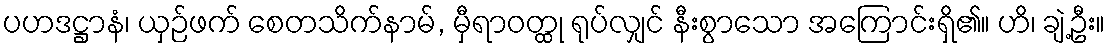
ပဟဒဋ္ဌာနံ၊ ယှဉ်ဖက် စေတသိက်နာမ်, မှီရာဝတ္ထု ရုပ်လျှင် နီးစွာသော အကြောင်းရှိ၏။ ဟိ၊ ချဲ့ဦး။